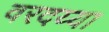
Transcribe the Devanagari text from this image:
वरदय्या